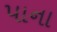
પાના